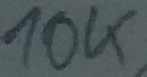
Text: 10K